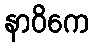
နာဝိကေ